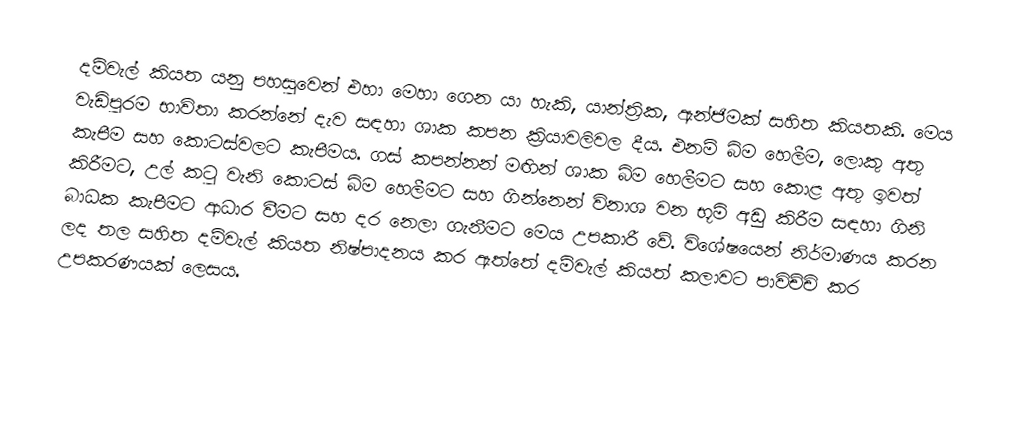
දම්වැල් කියත යනු පහසුවෙන් එහා මෙහා ගෙන යා හැකි, යාන්ත්‍රික, ඇන්ජිමක් සහිත කියතකි. මෙය වැඩිපුරම භාවිතා කරන්නේ දැව සඳහා ශාක කපන ක්‍රියාවලිවල දීය. එනම් ‍බිම හෙලීම, ලොකු අතු කැපීම සහ කොටස්වලට කැපීමය. ගස් කපන්නන් මඟින් ශාක බිම හෙලීමට සහ කොළ අතු ඉවත් කිරීමට, උල් කටු වැනි කොටස් බිම හෙලීමට සහ ගින්නෙන් විනාශ වන භූමි අඩු කිරීම සඳහා ගිනි බාධක කැපීමට ආධාර වීමට සහ දර නෙලා ගැනීමට මෙය උපකාරී වේ. විශේෂයෙන් නිර්මාණය කරන ලද තල සහිත දම්වැල් කියත නිෂ්පාදනය කර ඇත්තේ දම්වැල් කියත් කලාවට පාවිච්චි කර උපකරණයක් ලෙසය.